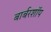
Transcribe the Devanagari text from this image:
बार्बरशॉप